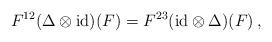
LaTeX: \begin{align*}F^{12}(\Delta\otimes{\rm id})(F)=F^{23}({\rm id}\otimes\Delta)(F)\,,\end{align*}